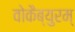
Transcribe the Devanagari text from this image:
वोकैब्युरम्